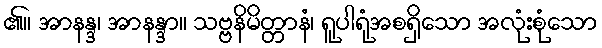
၏။ အာနန္ဒ၊ အာနန္ဒာ။ သဗ္ဗနိမိတ္တာနံ၊ ရူပါရုံအစရှိသော အလုံးစုံသော